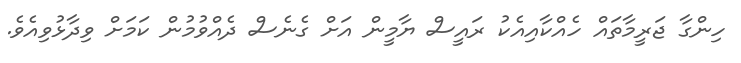
ހިންގާ ޖަރީމާތައް ހެއްކާއިއެކު ރައީސް ޔާމީން އަށް ގެނެސް ދެއްވުމުން ކަަމަށް ވިދާޅުވިއެވެ.